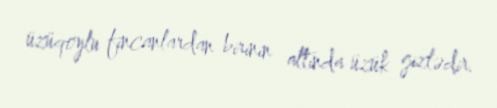
üzüqoylu fincanlardan birinin altında üzük gizlədir.